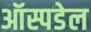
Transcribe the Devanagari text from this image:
ऑस्पडेल